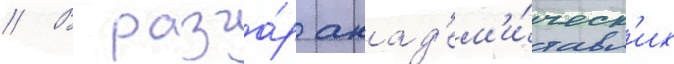
// В разга́р акад'ем'и́ческ'их